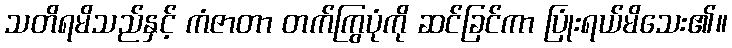
သတိရမိသည်နှင့် ကံဇာတာ တက်ကြွပုံကို ဆင်ခြင်ကာ ပြုံးရယ်မိသေး၏။